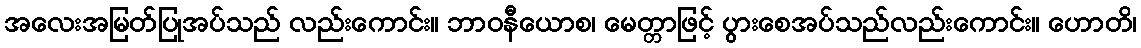
အလေးအမြတ်ပြုအပ်သည် လည်းကောင်း။ ဘာဝနီယောစ၊ မေတ္တာဖြင့် ပွားစေအပ်သည်လည်းကောင်း။ ဟောတိ၊